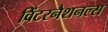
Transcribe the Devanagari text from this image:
विंटरनैशनल्स